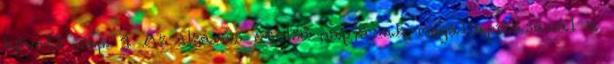
követő nap. 4 Az elzárás utolsó napjának megállapításánál a